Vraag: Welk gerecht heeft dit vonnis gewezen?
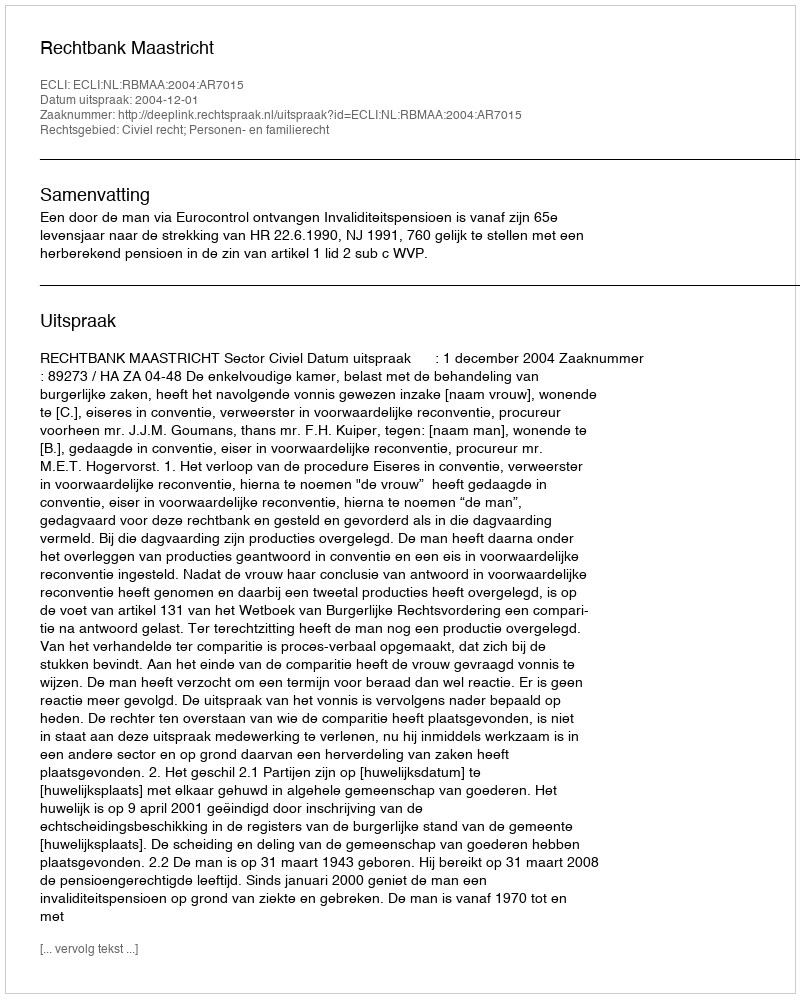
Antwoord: Rechtbank Maastricht